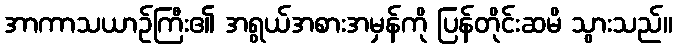
အာကာသယာဉ်ကြီး၏ အရွယ်အစားအမှန်ကို ပြန်တိုင်းဆမိ သွားသည်။